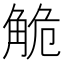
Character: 觤